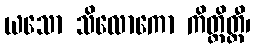
ယသော သိလောကော ကိတ္တိတ္ထီ၊